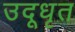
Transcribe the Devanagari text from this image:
उदूधृत